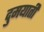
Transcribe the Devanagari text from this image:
दुमयाती